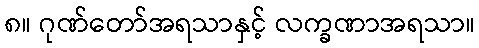
၈။ ဂုဏ်တော်အရသာနှင့် လက္ခဏာအရသာ။